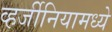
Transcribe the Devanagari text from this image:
व्हर्जीनियामध्ये